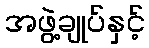
အဖွဲ့ချုပ်နှင့်